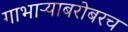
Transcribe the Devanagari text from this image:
गाभाऱ्याबरोबरच